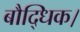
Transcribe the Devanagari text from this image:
बौद्धिक।